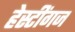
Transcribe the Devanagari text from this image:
हेस्टींगज